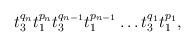
LaTeX: \begin{align*}t_{3}^{q_{n}}t_{1}^{p_{n}}t_{3}^{q_{n-1}}t_{1}^{p_{n-1}}\ldots t_{3}^{q_{1}}t_{1}^{p_{1}},\end{align*}